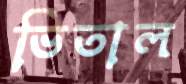
ভিতাল